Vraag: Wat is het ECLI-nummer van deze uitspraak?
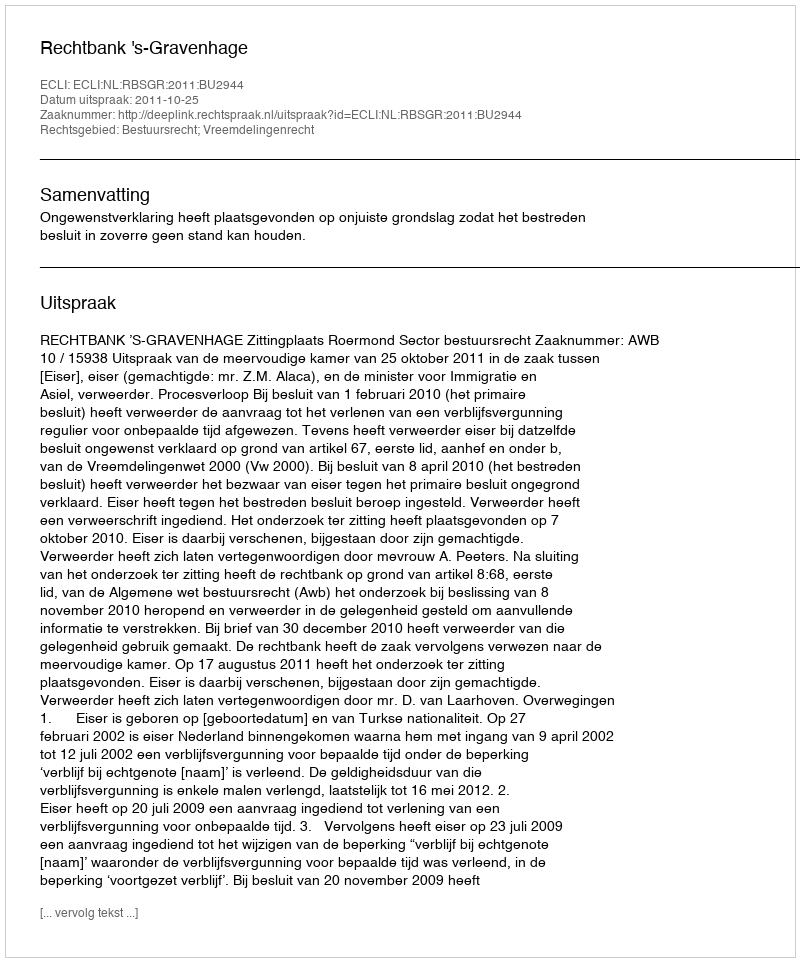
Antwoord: ECLI:NL:RBSGR:2011:BU2944